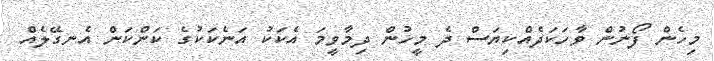
މިހެން ފޯނުން ވާހަކަދެއްކިޔަސް ދެ މީހުން ދިމާވީމަ އެކަކު އަނެކަކުގެ ކަންކަން އެނގޭލެއް